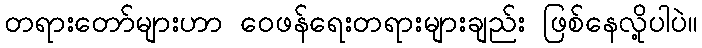
တရားတော်များဟာ ဝေဖန်ရေးတရားများချည်း ဖြစ်နေလို့ပါပဲ။